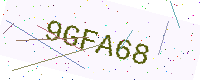
Text: 9GFA68